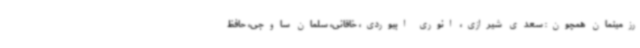
رزمینمان همچون: سعدی شیرازی، انوری ابیوردی، خاقانی، سلمان ساوجی، حافظ